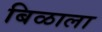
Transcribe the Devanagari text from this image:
बिळाला